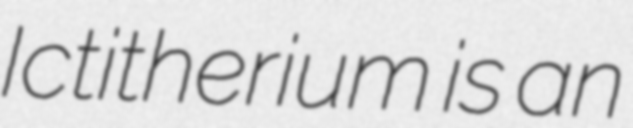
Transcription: Ictitherium is an